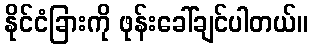
နိုင်ငံခြားကို ဖုန်းခေါ်ချင်ပါတယ်။